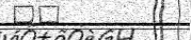
١٣